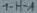
Text: 1-H-A